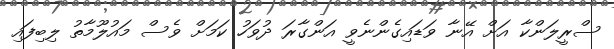
ސްރީލަންކާ އަށް އޭނާ ވަޑައިގެންނެވީ އަންގާރަ ދުވަހު ކަމަށް ވެސް މައުލޫމާތު ލިބިފައި